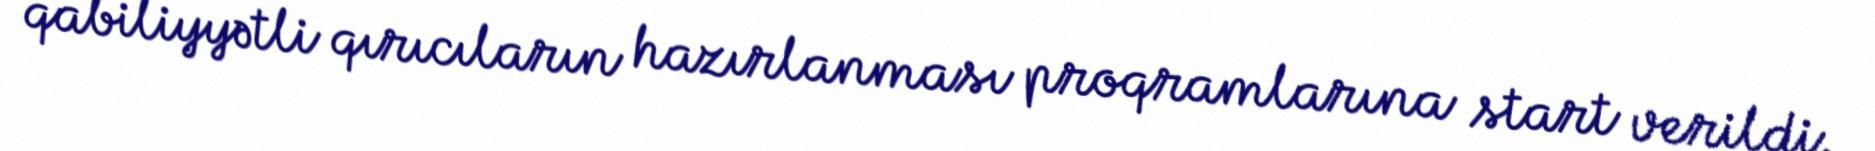
qabiliyyətli qırıcıların hazırlanması proqramlarına start verildi.